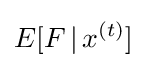
E[F\,|\,x^{(t)}]